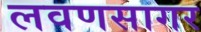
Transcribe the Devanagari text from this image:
लवणसागर